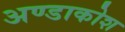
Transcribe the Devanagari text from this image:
अण्डाकोश